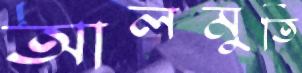
আলমুতি